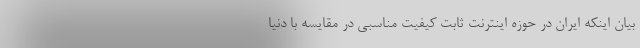
بیان اینکه ایران در حوزه اینترنت ثابت کیفیت مناسبی در مقایسه با دنیا